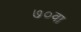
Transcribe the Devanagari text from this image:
७०वा